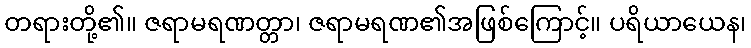
တရားတို့၏။ ဇရာမရဏတ္တာ၊ ဇရာမရဏ၏အဖြစ်ကြောင့်။ ပရိယာယေန၊